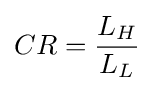
CR={\frac {L_{H}}{L_{L}}}